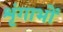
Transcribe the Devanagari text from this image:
शृंगाभों